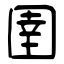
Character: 圉